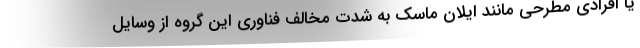
یا افرادی مطرحی مانند ایلان ماسک به شدت مخالف فناوری این گروه از وسایل